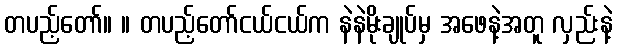
တပည့်တော်။ ။ တပည့်တော်ငယ်ငယ်က နဲနဲမိုးချုပ်မှ အဖေနဲ့အတူ လှည်းနဲ့